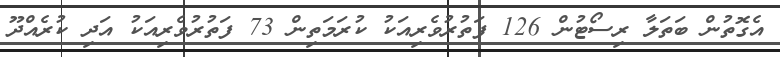
އެގޮތުން ބަތަލާ ރިސޯޓުން 126 ފަތުރުވެރިއަކު ކުރަމަތިން 73 ފަތުރުވެރިއަކު އަދި ކުރެއްދޫ